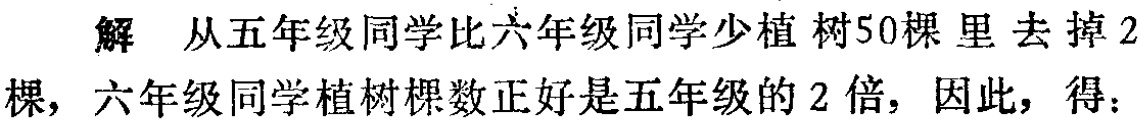
解 从五年级同学比六年级同学少植树50棵里去掉2棵，六年级同学植树棵数正好是五年级的2倍，因此，得：